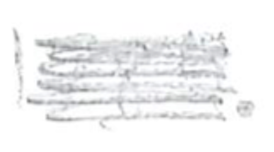
Text: 1784.
Cross-out: scratch
Writing tool: pencil